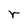
Character: r